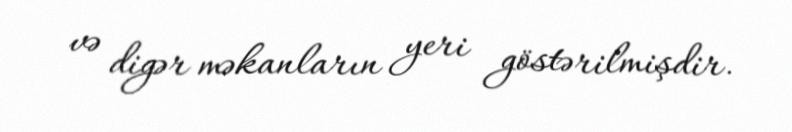
və digər məkanların yeri göstərilmişdir.